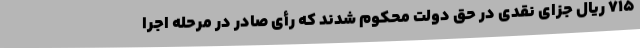
715 ریال جزای نقدی در حق دولت محکوم شدند که رأی صادر در مرحله اجرا